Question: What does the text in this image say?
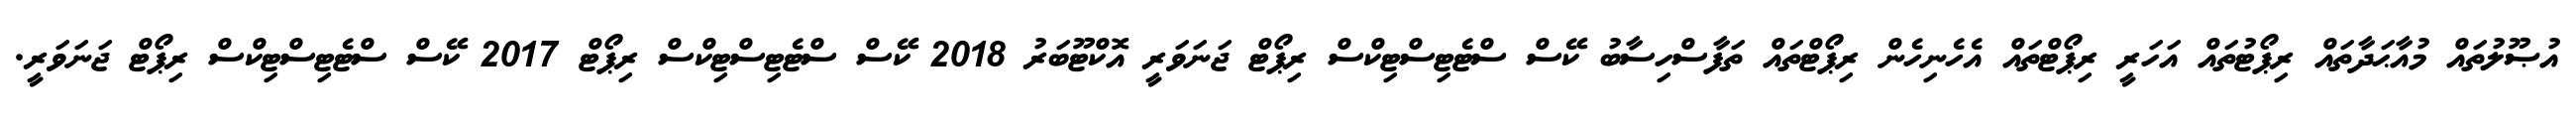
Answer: އުޞޫލުތައް މުއާޙަދާތައް ރިޕޯޓުތައް އަހަރީ ރިޕޯޓްތައް އެހެނިހެން ރިޕޯޓްތައް ތަފާސްހިސާބު ކޭސް ސްޓެޓިސްޓިކްސް ރިޕޯޓް ޖަނަވަރީ އޮކްޓޫބަރު 2018 ކޭސް ސްޓެޓިސްޓިކްސް ރިޕޯޓް 2017 ކޭސް ސްޓެޓިސްޓިކްސް ރިޕޯޓް ޖަނަވަރީ.